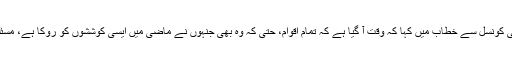
امریکی وزیرِ خارجہ نے پیر کو نیویارک میں اقوامِ متحدہ کی سلامتی کونسل سے خطاب میں کہا کہ وقت آ گیا ہے کہ تمام اقوام، حتٰی کہ وہ بھی جنہوں نے ماضی میں ایسی کوششوں کو روکا ہے، مسئلے سے نمٹنے کے لیے عرب لیگ کے منصوبے کی حمایت کریں۔